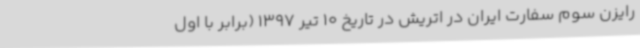
رایزن سوم سفارت ایران در اتریش در تاریخ 10 تیر 1397 (برابر با اول